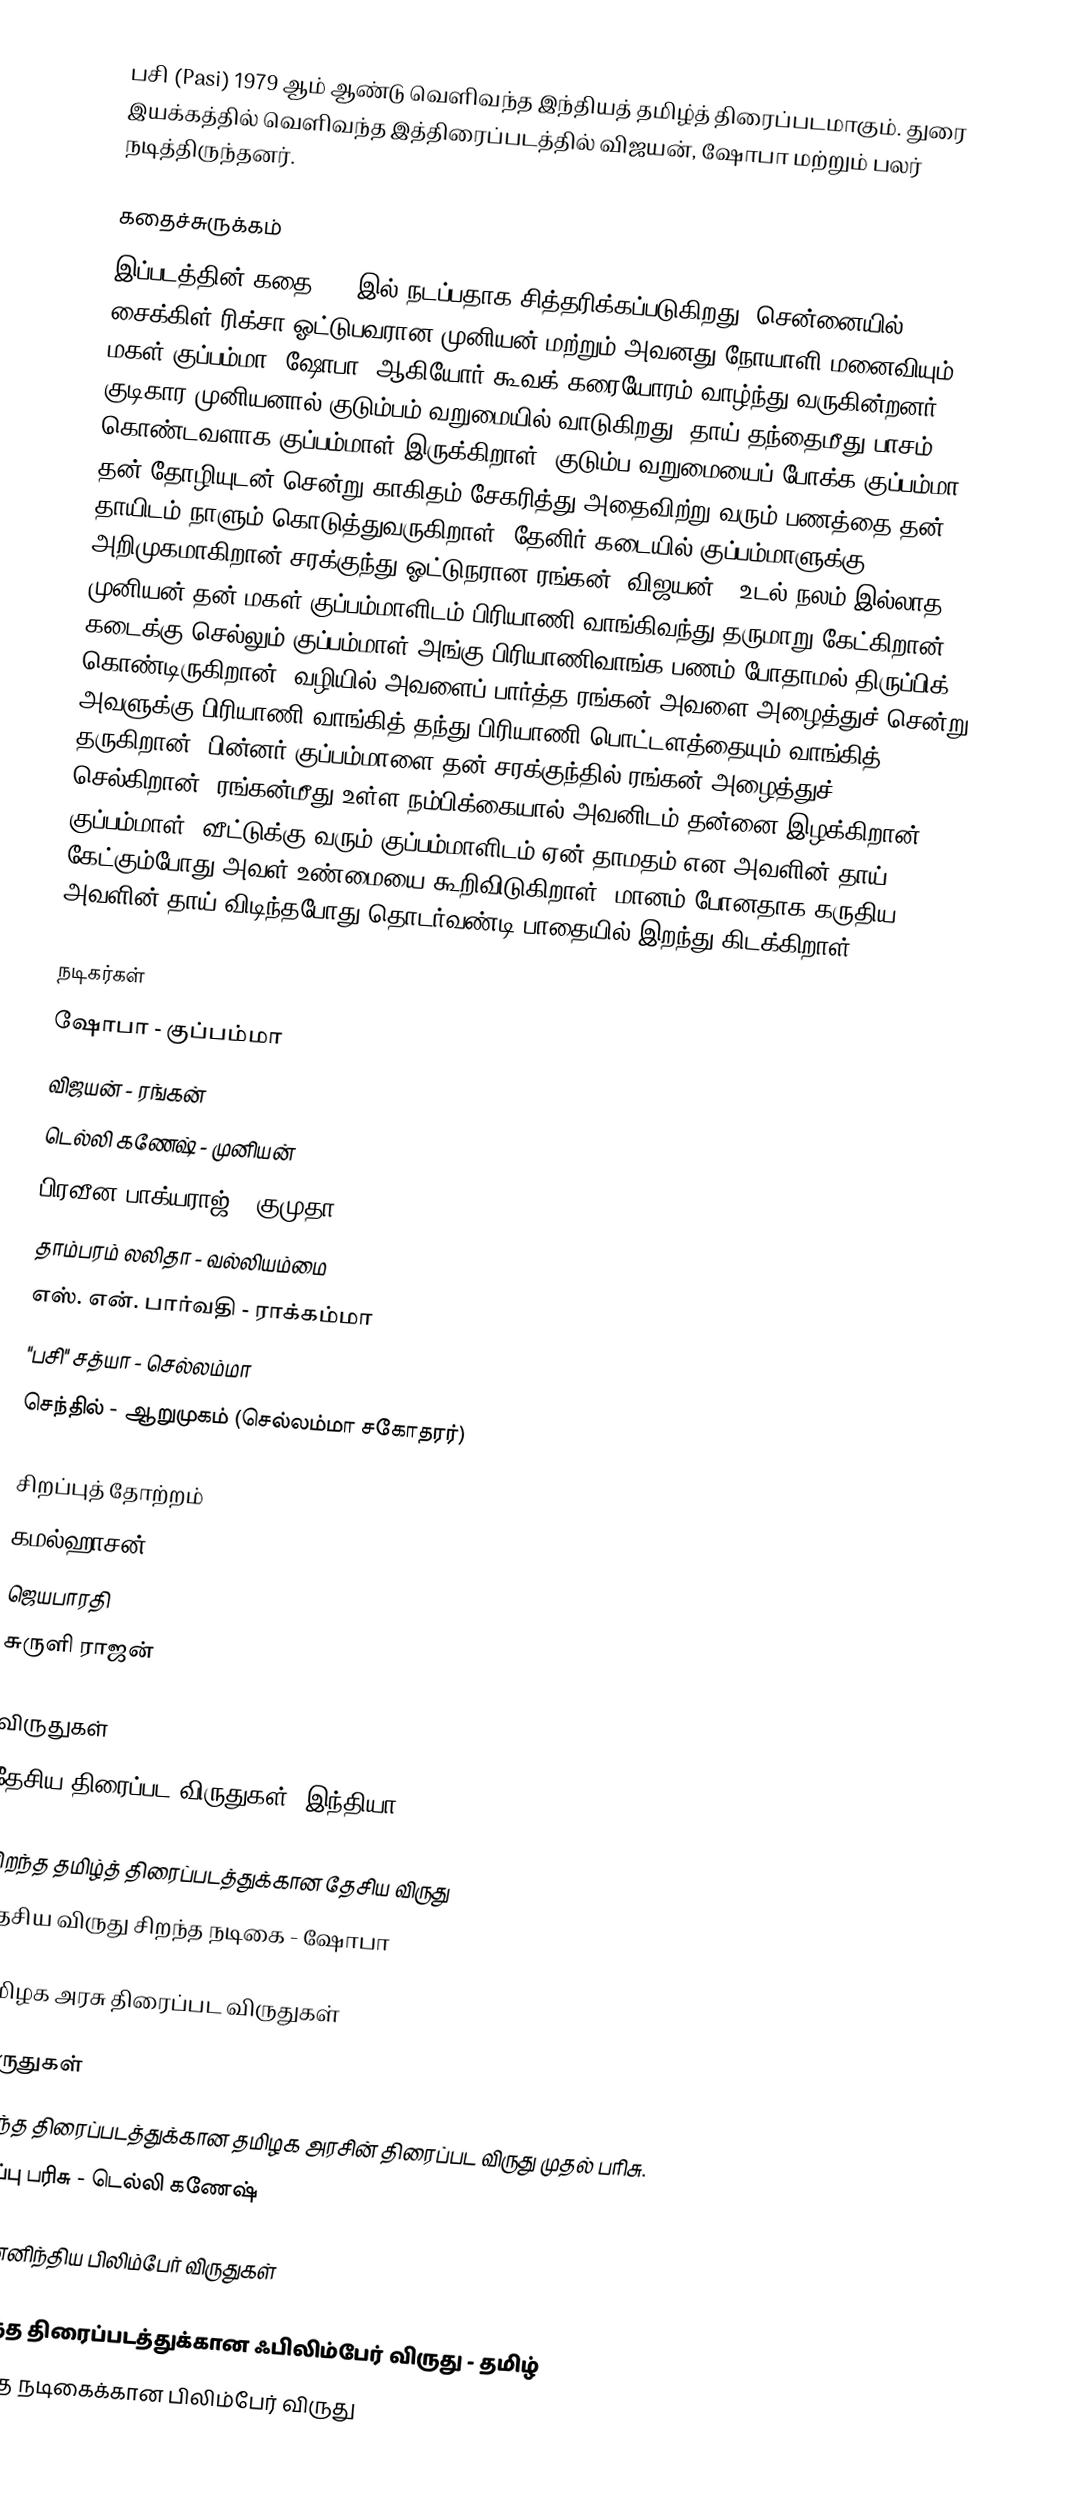
பசி (Pasi) 1979 ஆம் ஆண்டு வெளிவந்த இந்தியத் தமிழ்த் திரைப்படமாகும். துரை இயக்கத்தில் வெளிவந்த இத்திரைப்படத்தில் விஜயன், ஷோபா மற்றும் பலர் நடித்திருந்தனர்.

கதைச்சுருக்கம்
இப்படத்தின் கதை 1978இல் நடப்பதாக சித்தரிக்கப்படுகிறது. சென்னையில்  சைக்கிள் ரிக்சா ஓட்டுபவரான முனியன் மற்றும் அவனது நோயாளி மனைவியும் மகள் குப்பம்மா (ஷோபா) ஆகியோர் கூவக் கரையோரம் வாழ்ந்து வருகின்றனர்.   குடிகார முனியனால் குடும்பம் வறுமையில் வாடுகிறது. தாய் தந்தைமீது பாசம் கொண்டவளாக குப்பம்மாள் இருக்கிறாள். குடும்ப வறுமையைப் போக்க குப்பம்மா தன் தோழியுடன் சென்று காகிதம் சேகரித்து அதைவிற்று வரும் பணத்தை தன் தாயிடம் நாளும் கொடுத்துவருகிறாள். தேனிர் கடையில் குப்பம்மாளுக்கு அறிமுகமாகிறான் சரக்குந்து ஓட்டுநரான ரங்கன் (விஜயன்). உடல் நலம் இல்லாத முனியன் தன் மகள் குப்பம்மாளிடம் பிரியாணி வாங்கிவந்து தருமாறு கேட்கிறான். கடைக்கு செல்லும் குப்பம்மாள் அங்கு பிரியாணிவாங்க பணம் போதாமல் திருப்பிக் கொண்டிருகிறான். வழியில் அவளைப் பார்த்த ரங்கன் அவளை அழைத்துச் சென்று அவளுக்கு பிரியாணி வாங்கித் தந்து பிரியாணி பொட்டளத்தையும் வாங்கித் தருகிறான். பின்னர் குப்பம்மாளை தன் சரக்குந்தில் ரங்கன் அழைத்துச் செல்கிறான். ரங்கன்மீது உள்ள நம்பிக்கையால் அவனிடம் தன்னை இழக்கிறான் குப்பம்மாள். வீட்டுக்கு வரும் குப்பம்மாளிடம் ஏன் தாமதம் என அவளின் தாய் கேட்கும்போது அவள் உண்மையை கூறிவிடுகிறாள். மானம் போனதாக கருதிய அவளின் தாய் விடிந்தபோது தொடர்வண்டி பாதையில் இறந்து கிடக்கிறாள்.

நடிகர்கள்
 ஷோபா - குப்பம்மா
 விஜயன் - ரங்கன்
 டெல்லி கணேஷ் - முனியன்
 பிரவீன பாக்யராஜ் - குமுதா
 தாம்பரம் லலிதா - வல்லியம்மை
 எஸ். என். பார்வதி - ராக்கம்மா
 "பசி" சத்யா - செல்லம்மா
 செந்தில் - ஆறுமுகம் (செல்லம்மா சகோதரர்)

சிறப்புத் தோற்றம்
 கமல்ஹாசன்
 ஜெயபாரதி
 சுருளி ராஜன்

விருதுகள்
தேசிய திரைப்பட விருதுகள், இந்தியா

 சிறந்த தமிழ்த் திரைப்படத்துக்கான தேசிய விருது
 தேசிய விருது சிறந்த நடிகை - ஷோபா

தமிழக அரசு திரைப்பட விருதுகள்

விருதுகள்
 சிறந்த திரைப்படத்துக்கான தமிழக அரசின் திரைப்பட விருது முதல் பரிசு.
 சிறப்பு பரிசு - டெல்லி கணேஷ்

தென்னிந்திய பிலிம்பேர் விருதுகள்

 சிறந்த திரைப்படத்துக்கான ஃபிலிம்பேர் விருது - தமிழ்
 சிறந்த நடிகைக்கான பிலிம்பேர் விருது